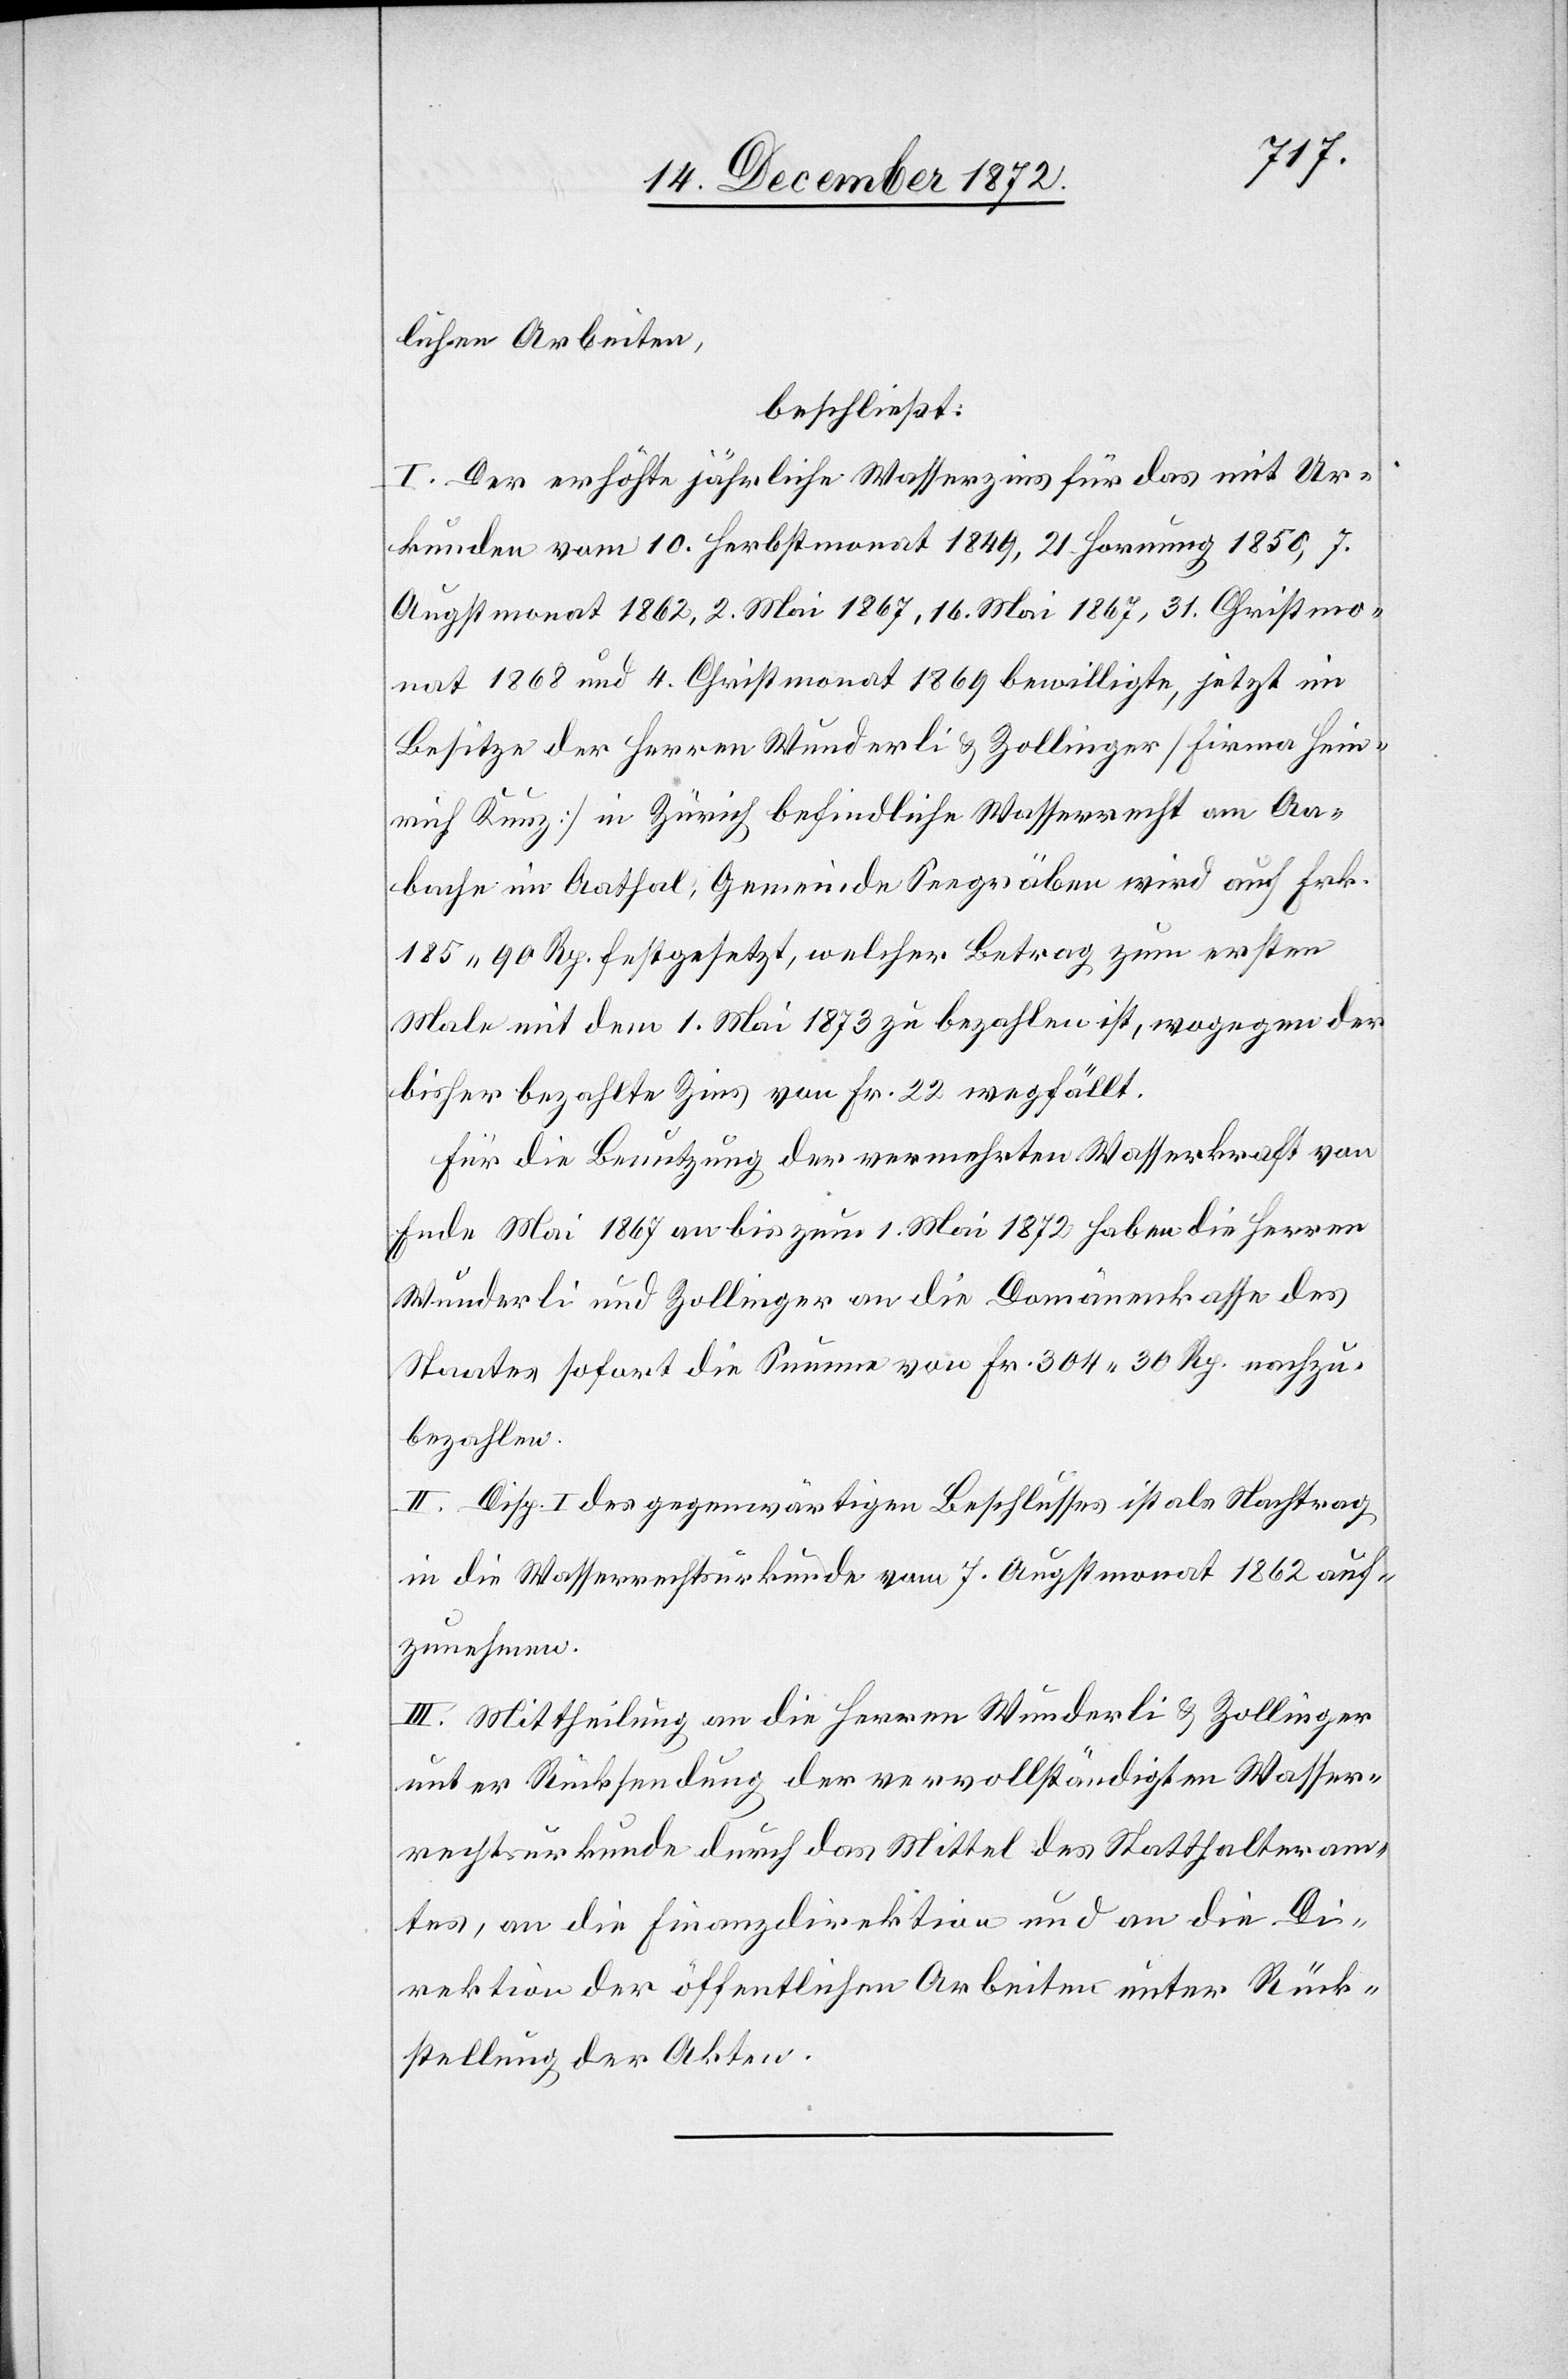
lichen Arbeiten,
beschließt:
I. Der erhöhte jährliche Wasserzins für das mit Ur¬
kunden vom 10. Herbstmonat 1849, 21 Hornung 1850, 7.
Augstmonat 1862, 2. Mai 1867, 16. Mai 1867, 31. Christmo¬
nat 1868 und 4. Christmonat 1869 bewilligte, jetzt im
Besitze der Herren Wunderli u. Zollinger [Firma Hein¬
rich Kunz] in Zürich befindliche Wasserrecht am Aa¬
bache im Aathal, Gemeinde Seegräben wird auf Frk.
185 90 Rp. festgesetzt, welcher Betrag zum ersten
Male mit dem 1. Mai 1873 zu bezahlen ist, wogegen der
bisher bezahlte Zins von Fr. 22 wegfällt.
Für die Benutzung der vermehrten Wasserkraft von
Ende Mai 1867 an bis zum 1. Mai 1872 haben die Herren
Wunderli und Zollinger an die Domänenkasse des
Staates sofort die Summe von Fr. 304 30 Rp. nachzu¬
bezahlen.
II. Disp. I des gegenwärtigen Beschlusses ist als Nachtrag
in die Wasserrechtsurkunde vom 7. Augstmonat 1862 auf¬
zunehmen.
III. Mittheilung an die Herren Wunderli u. Zollinger
unter Rücksendung der vervollständigten Wasser¬
rechtsurkunde durch das Mittel des Statthalteram¬
tes, an die Finanzdirektion und an die Di¬
rektion der öffentlichen Arbeiten unter Rück¬
stellung der Akten.